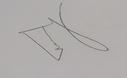
Signature authenticity: genuine